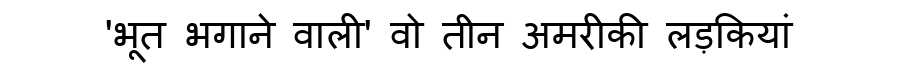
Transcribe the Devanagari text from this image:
'भूत भगाने वाली' वो तीन अमरीकी लड़कियां